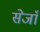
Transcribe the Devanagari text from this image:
सेजाँ